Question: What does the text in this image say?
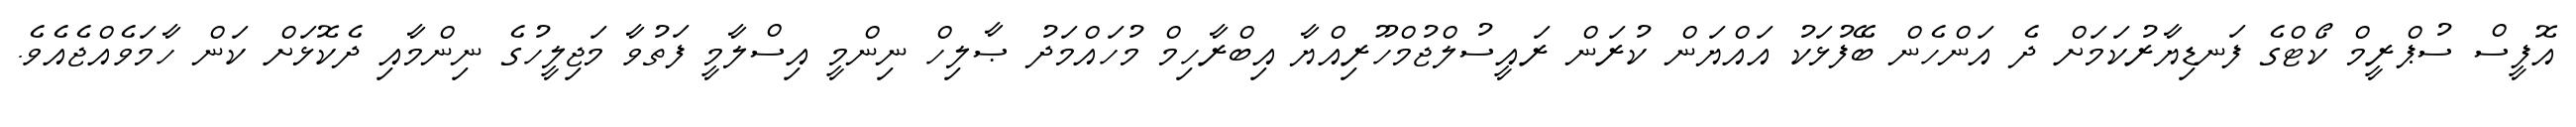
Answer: އޮފީސް ސުޕްރީމް ކޯޓްގެ ފަނޑިޔާރުކަމަށް ދެ އަންހެން ބޭފުޅަކު އައްޔަން ކުރަން ރައީސުލްޖުމްހޫރިއްޔާ އިބްރާހިމް މުހައްމަދު ޞާލިހް ނިންމީ އިސްލާމީ ފަތުވާ މަޖިލީހުގެ ނިންމާއި ދެކޮޅަށް ކަން ހާމަވެއްޖެއެވެ.